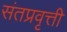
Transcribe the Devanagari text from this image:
संतप्रवृत्ती